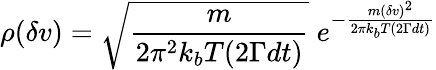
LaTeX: \rho(\delta v)=\sqrt{\frac{m}{2\pi^{2}k_{b}T(2\Gamma dt)}}\; e^{-\frac{m(\delta v)^{2}}{2\pi k_{b}T(2\Gamma dt)}}